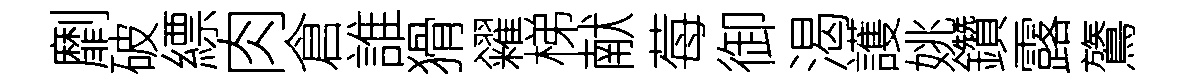
劘破縹肉倉誰猾糴梯献莓御渴護姚鑽露鷟